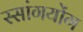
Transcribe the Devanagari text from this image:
स्सांगयोंग